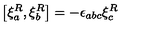
\left[ \xi _ { a } ^ { R } , \xi _ { b } ^ { R } \right] = - \epsilon _ { a b c } \xi _ { c } ^ { R }